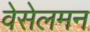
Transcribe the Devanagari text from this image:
वेसेलमन